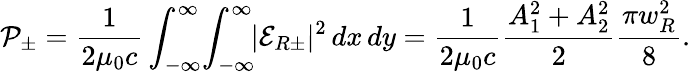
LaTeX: \mathcal{P}_{\pm}=\frac{1}{2\mu_{0}c}\displaystyle\int_{-\infty}^{\infty}\! \displaystyle\int_{-\infty}^{\infty}\! \! |\mathcal{E}_{R\pm}|^{2}\, dx\, dy=\frac{1}{2\mu_{0}c}\frac{A_{1}^{2}+A_{2}^{2}}{2}\frac{\pi w_{R}^{2}}{8}.